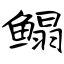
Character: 鳎